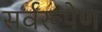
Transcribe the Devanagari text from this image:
सर्वरूपेण